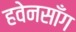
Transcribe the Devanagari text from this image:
हवेनसाँग